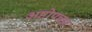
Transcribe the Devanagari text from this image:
अष्टोपचार